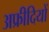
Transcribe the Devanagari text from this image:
अफ्रीदियों